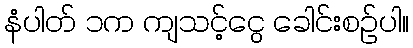
နံပါတ် ၁က ကျသင့်ငွေ ခေါင်းစဉ်ပါ။